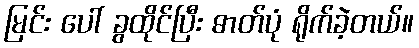
မြင်း ပေါ် ခွထိုင်ပြီး ဓာတ်ပုံ ရိုက်ခဲ့တယ်။